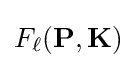
F_{\ell }(\mathbf {P} ,\mathbf {K} )